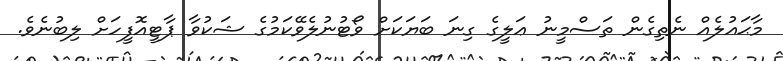
މާޙައުލެއް ނެތިގެން ތަސްމީނު ޢަލީގެ ގިނަ ބަޔަކަށް ވޯޓުނުލެވޭކަމުގެ ޝަކުވާ ޕާޓީއޮފީހަށް ލިބުނެވެ.